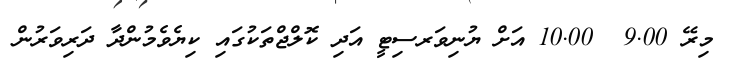
މިރޭ 9.00  10.00 އަށް ޔުނިވަރސިޓީ އަދި ކޮލްޖްތަކުގައި ކިޔެވެމުންދާ ދަރިވަރުން